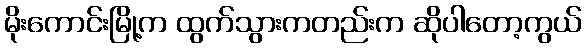
မိုးကောင်းမြို့က ထွက်သွားကတည်းက ဆိုပါတော့ကွယ်